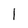
Character: 1